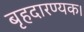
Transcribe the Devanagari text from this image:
बृहदारण्यक।